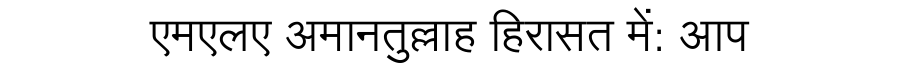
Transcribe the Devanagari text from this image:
एमएलए अमानतुल्लाह हिरासत में: आप